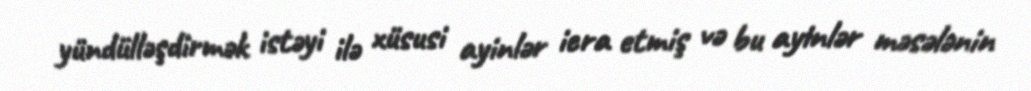
yündülləşdirmək istəyi ilə xüsusi ayinlər icra etmiş və bu ayinlər məsələnin